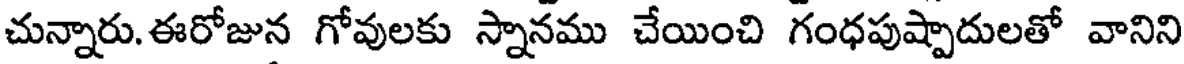
చున్నారు. ఈరోజున గోవులకు స్నానము చేయించి గంధపుష్పాదులతో వానిని